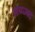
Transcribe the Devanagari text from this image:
अय्य्ज्ब्द